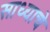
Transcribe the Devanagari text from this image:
साध्याचे